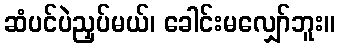
ဆံပင်ပဲညှပ်မယ်၊ ခေါင်းမလျှော်ဘူး။